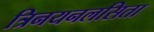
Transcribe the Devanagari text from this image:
त्रिनयनलसिता